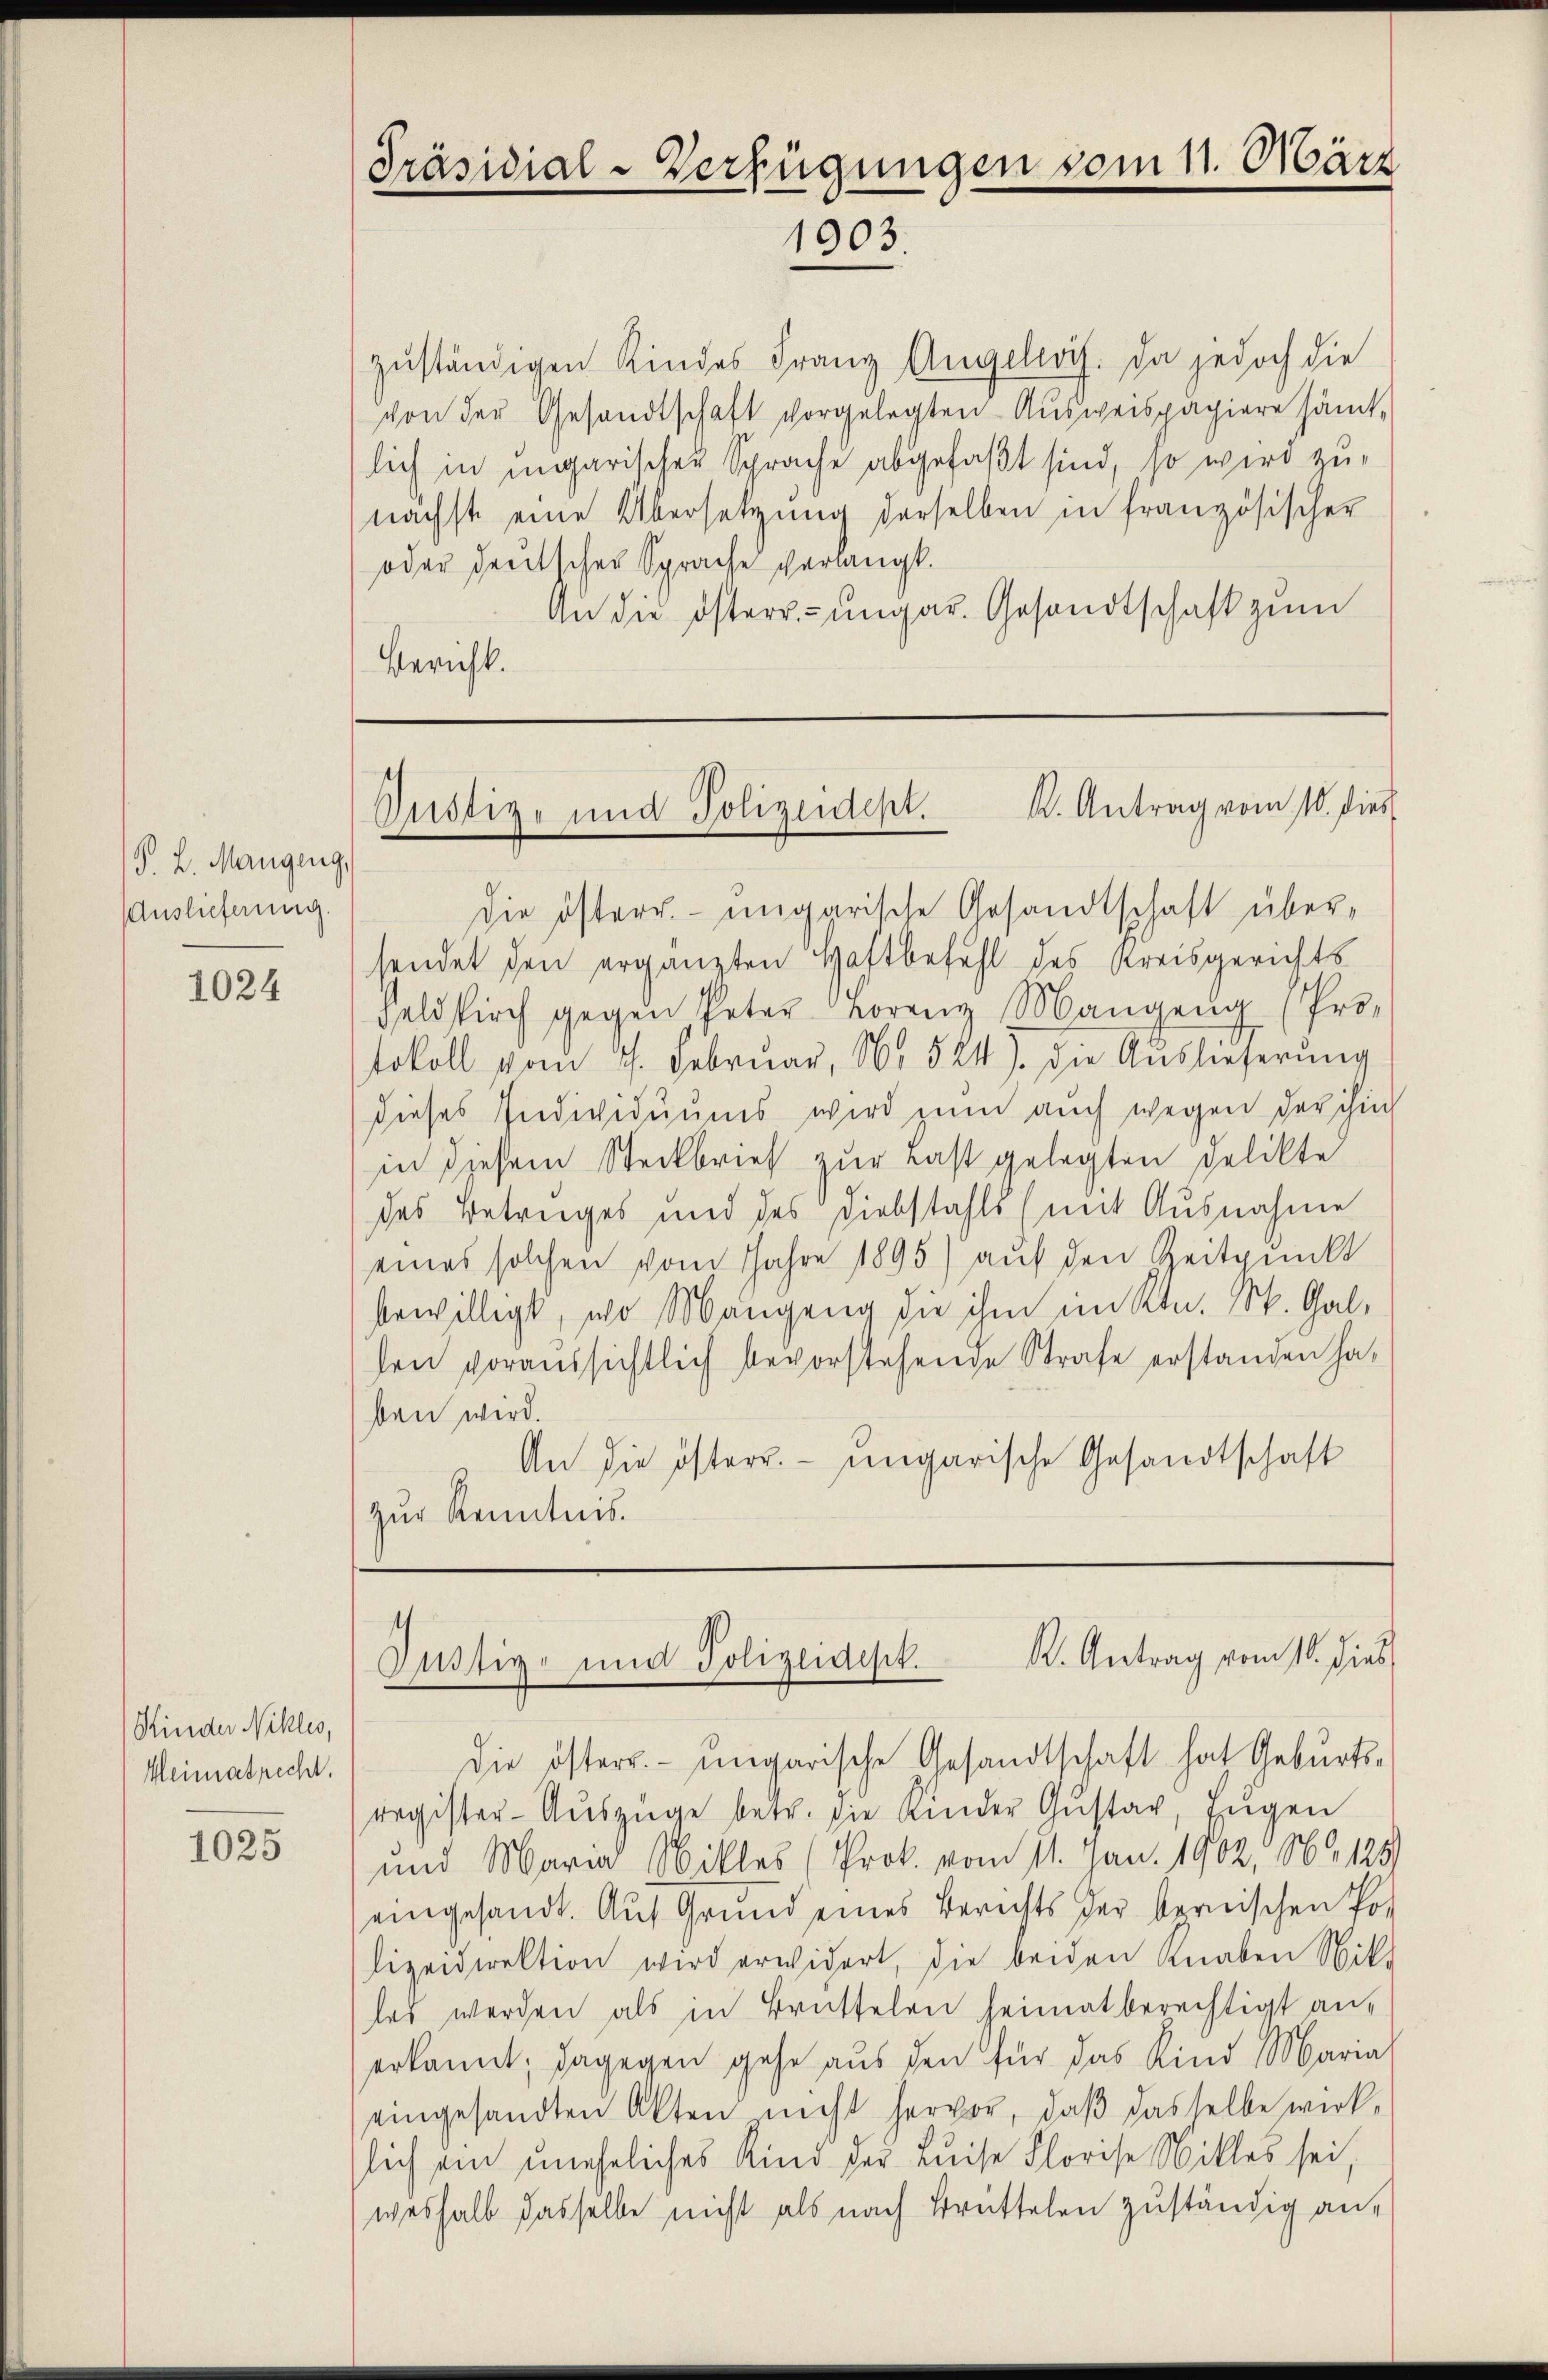
J. L. Mangeng,
Auslieferung.

1024

Kinder Nikles,
Heimatrecht.

1025

zŭständigen Kindes Franz Angelois. Da jedoch die
von der Gesandtschaft vorgelegten Ausweispapiere sämtlich in ungarischen Sprache abgefaßt sind, so wird zunächst eine Übersetzung derselben in französischer
oder deutscher Sprache verlangt.
An die Osterr.-ungar. Gesandtschaft zum
Bericht.

Präsidial-Verfügungen vom 11. März
1903.

K. Antrag vom 18. dies
Pustiz- und Polizeidept.

die österr. ungarische Gesandtschaft übersendet den ergänzten Haftbefehl des Kreisgerichts
Feldkirch gegen Peter Lorenz Mangen (Pro-
tokoll vom 7. Februar, No. 524). Die Auslieferung
Dieses Individuums wird zum auch wegen der ihm
in diesem Steckbrief zur rast gelegten Delikte
des Betruges und des Diebstahls (mit Ausnahme
eines solchen vom Jahre 1895) auf den Zeitpunkt
bewilligt, wo Mangeng die ihm im Ktn. St. Galden voraussichtlich bevorstehende Strafe erstanden hat
ben wird.
An die österr. ungarische Gesandtschaft
zur Kenntnis.

K. Antrag vom 11. dies
Justiz- und Polizeidest.

die österr. - migarische Gesandtschaft hat Geburts-
register-Aŭszüge betr. die Kinder Gŭstav, Eŭgen
und Maria Willes (Prok. vom 11. Jan. 1902, 16. 125)
eingesandt. Aŭf Grund eines Berechts der bernischen Po-
lizeidirektion wird erwidert, die beiden Knaben Mit-
les werden als in Brüttelen heimatberechtigt an-
erkannt; dagegen gehe aus den für das Kind Maria
eingesandten Akten nicht hervor, daß dasselbe wirk-
lich ein uneheliches Kind der Luise Florise Willes sei,
weshalb dasselbe nicht als nach Brüttelen zuständig an¬